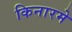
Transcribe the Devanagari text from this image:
किनारमे